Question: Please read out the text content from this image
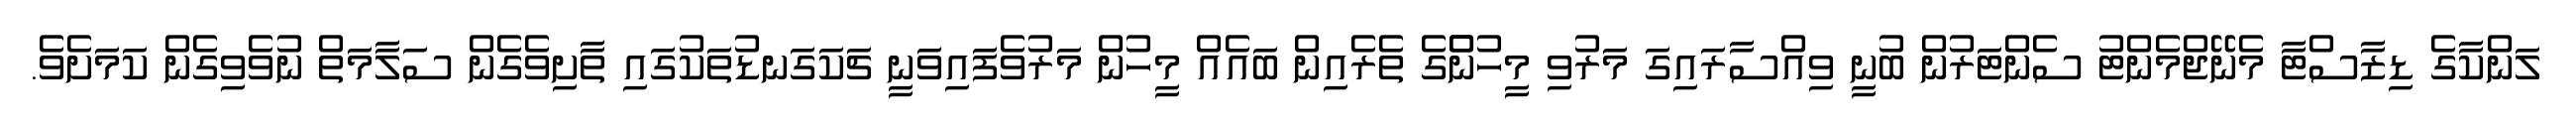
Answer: ލަންކާގެ ޑިޒާސްޓާ މެނޭޖްމެންޓު ސެންޓަރުން ބުނީ ވިއްސާރައިގަ މަރުވި މީހުންްގެ ތެރެއިން ބައެއް މީހުން މަރުވެފައިވަނީ ޗަކަގަނޑުތަކުގައި ތާށިވެގެން ސަލާމަތް ނުވެވިގެން ކަމަށެވެ.